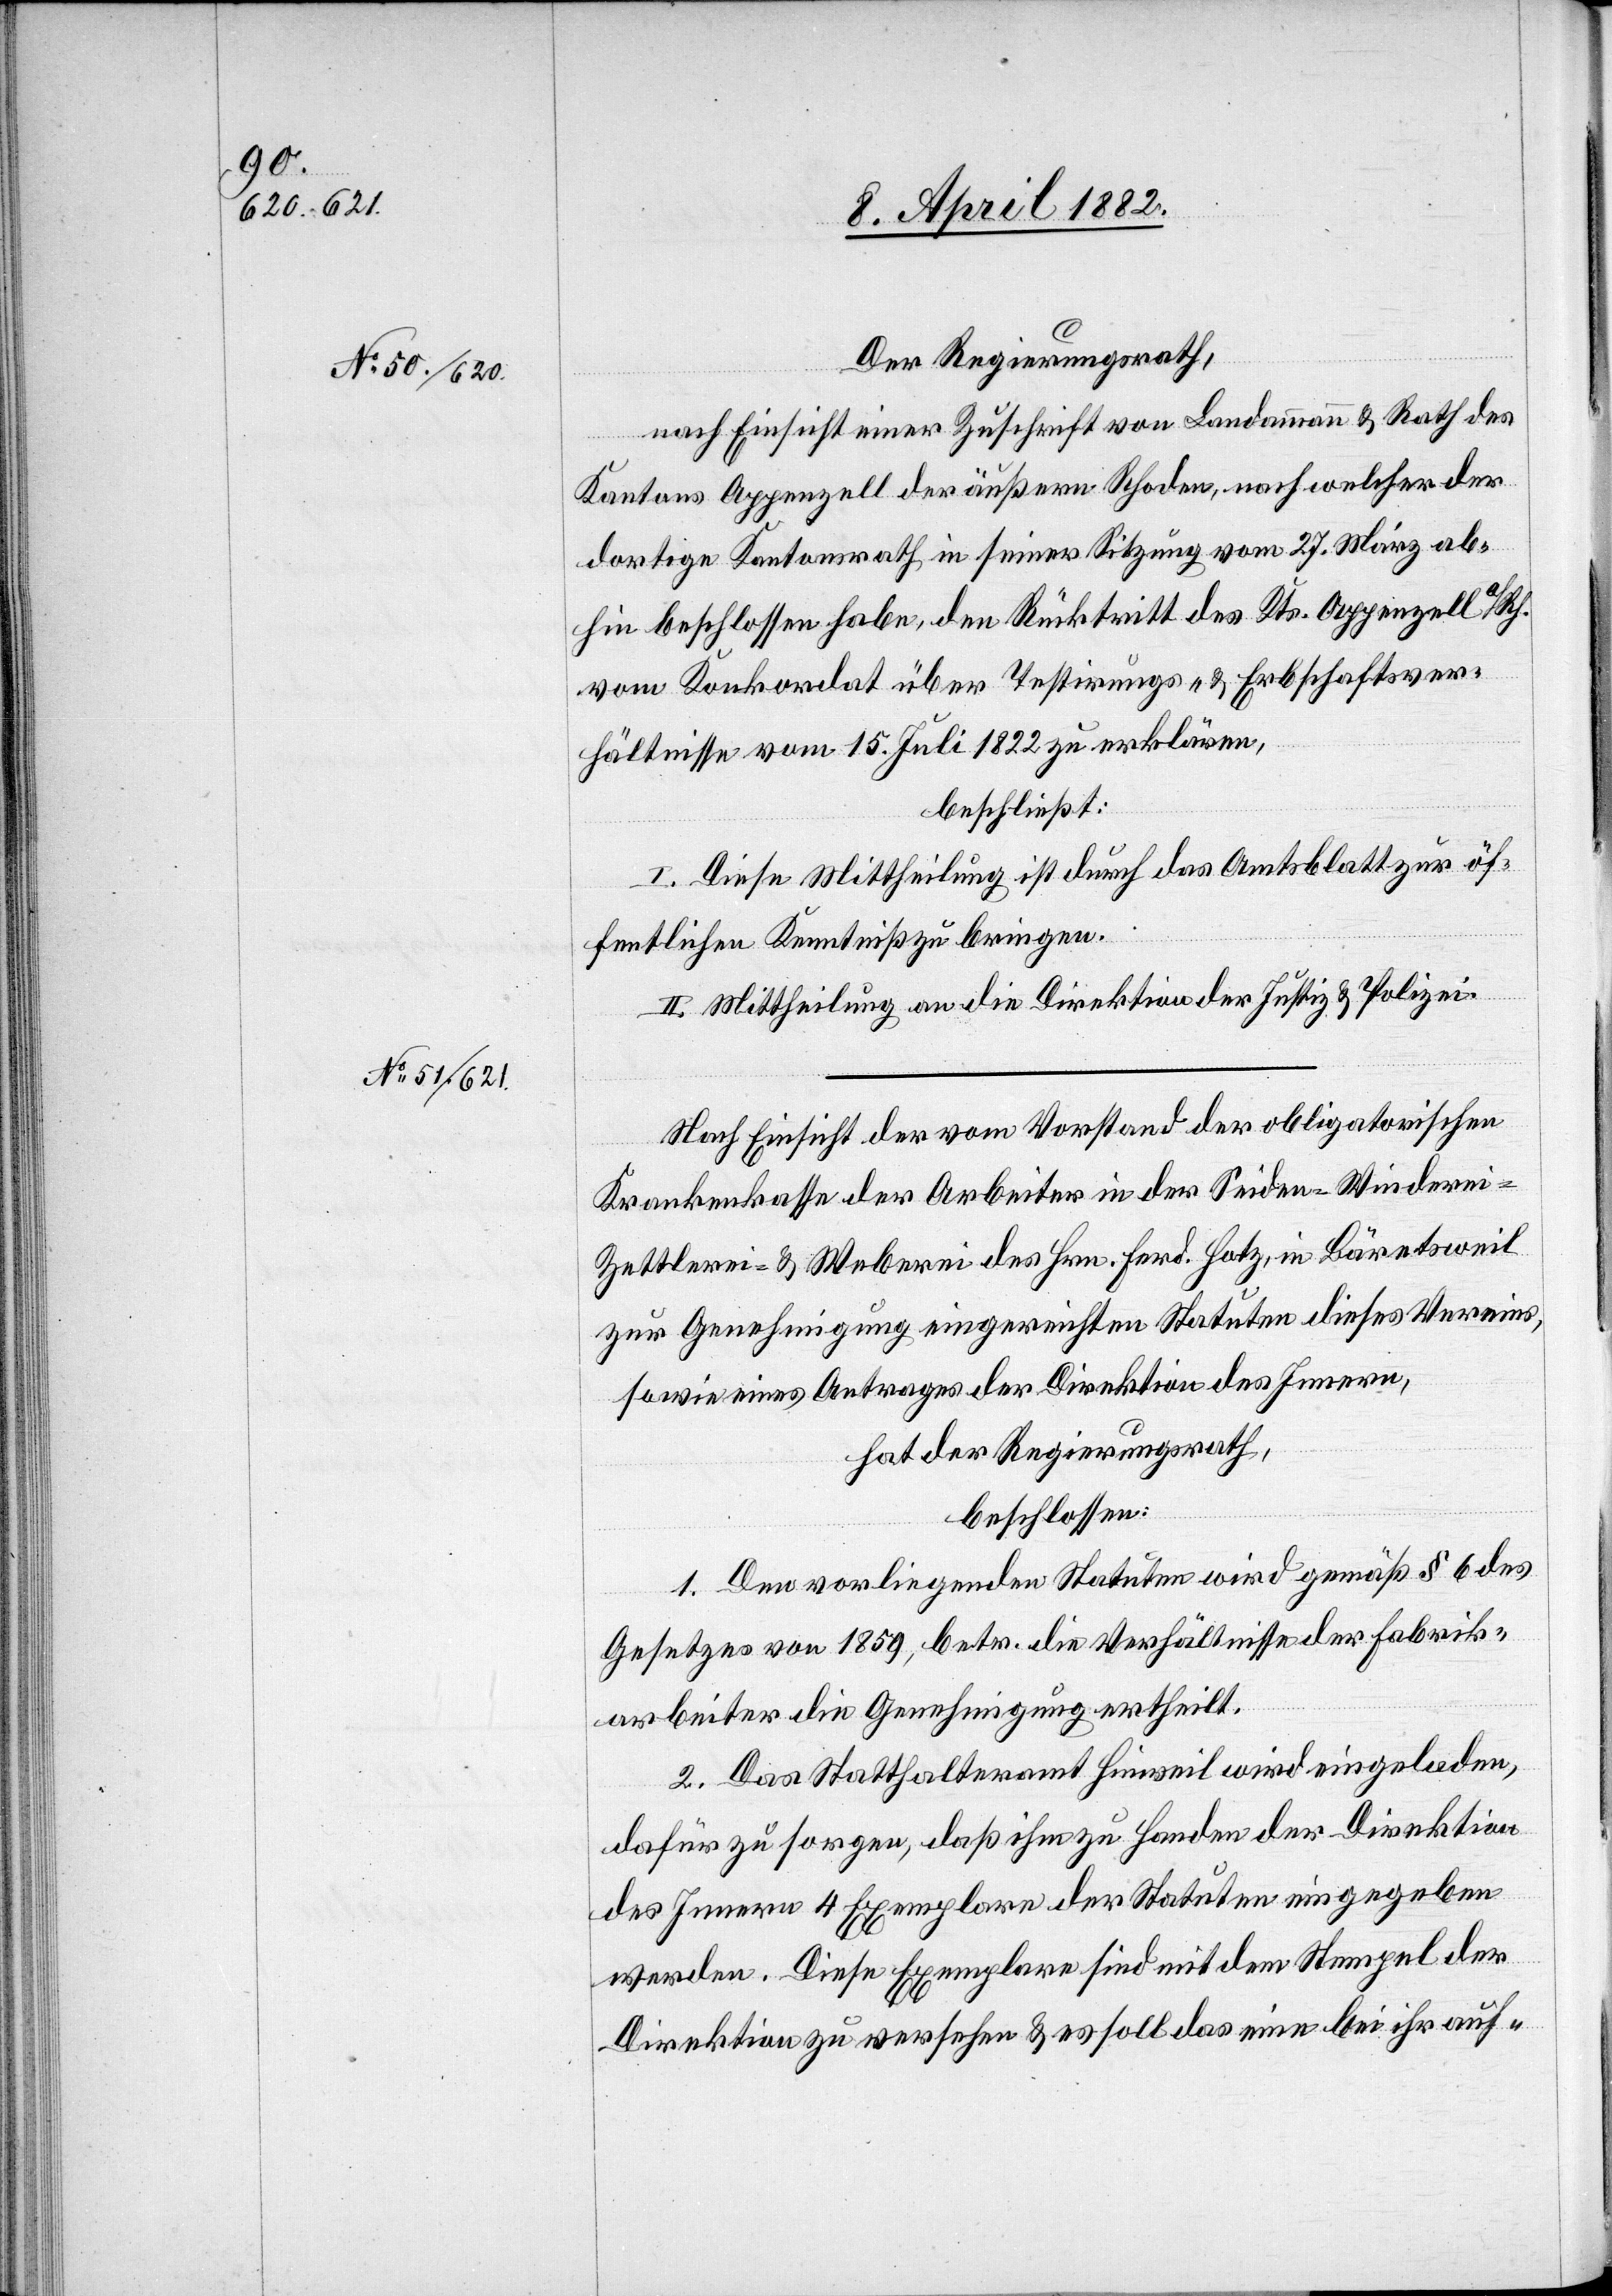
Der Regierungsrath,
nach Einsicht einer Zuschrift von Landammann & Rath des
Kantons Appenzell der äußern Rhoden, nach welcher der
dortige Kantonsrath in seiner Sitzung vom 27. März ab¬
hin beschlossen habe, den Rücktritt des Kts. Appenzell a/Rh.
vom Konkordat über Testirungs- & Erbschaftsver¬
hältnisse vom 15. Juli 1822 zu erklären,
beschließt:
I. Diese Mittheilung ist durch das Amtsblatt zur öf¬
fentlichen Kenntniß zu bringen.
II. Mittheilung an die Direktion der Justiz & Polizei.
Nach Einsicht der vom Vorstand der obligatorischen
Krankenkasse der Arbeiter in der Seiden-Winderei[,]
-Zettlerei & -Weberei des Hrn. Ferd. Hotz, in Bäretsweil
zur Genehmigung eingereichten Statuten dieses Vereins,
sowie eines Antrages der Direktion des Innern,
hat der Regierungsrath,
beschlossen:
1. Den vorliegenden Statuten wird gemäß § 6 des
Gesetzes von 1859, betr. die Verhältnisse der Fabrik¬
arbeiter die Genehmigung ertheilt.
2. Das Statthalteramt Hinweil wird eingeladen,
dafür zu sorgen, daß ihm zu Handen der Direktion
des Innern 4 Exemplare der Statuten eingegeben
werden. Diese Exemplare sind mit dem Stempel der
Direktion zu versehen & es soll das eine bei ihr auf-